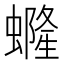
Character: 𧑟